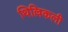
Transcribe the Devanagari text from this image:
थिल्लिकली